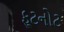
ફૂટનોટ